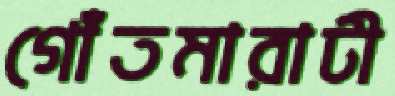
গোঁতমারাটী